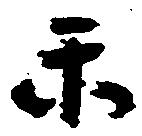
楽